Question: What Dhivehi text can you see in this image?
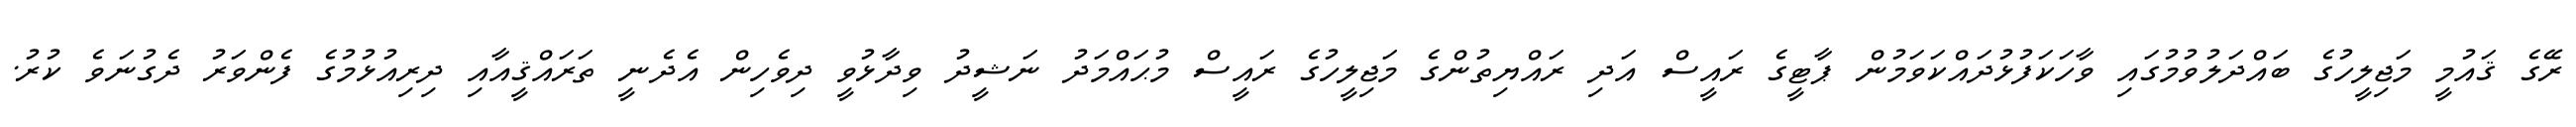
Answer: ރޭގެ ޤައުމީ މަޖިލީހުގެ ބައްދަލުވުމުގައި ވާހަކަފުޅުދައްކަވަމުން ޕާޓީގެ ރައީސް އަދި ރައްޔިތުންގެ މަޖިލީހުގެ ރައީސް މުޙައްމަދު ނަޝީދު ވިދާޅުވީ ދިވެހިން އެދެނީ ތަރައްޤީއާއި ދިރިއުޅުމުގެ ފެންވަރު ދެގުނަވެ ކުރު.